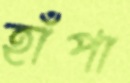
হাঁপা